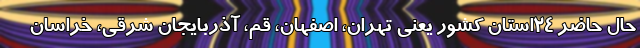
حال حاضر ۲۴استان کشور یعنی تهران، اصفهان، قم، آذربایجان شرقی، خراسان